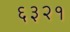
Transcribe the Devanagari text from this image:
६३२१